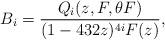
LaTeX: \begin{align*}B_i = \frac{Q_i(z,F,\theta F)}{(1-432 z)^{4 i}F(z)},\end{align*}